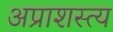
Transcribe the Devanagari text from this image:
अप्राशस्त्य